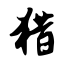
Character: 猎